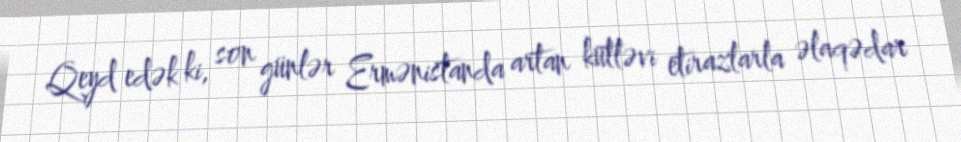
Qeyd edək ki, son günlər Ermənistanda artan kütləvi etirazlarla əlaqədar